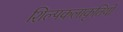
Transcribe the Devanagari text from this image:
शिल्पकलाकृतियों